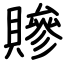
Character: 贂